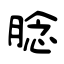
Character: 腍